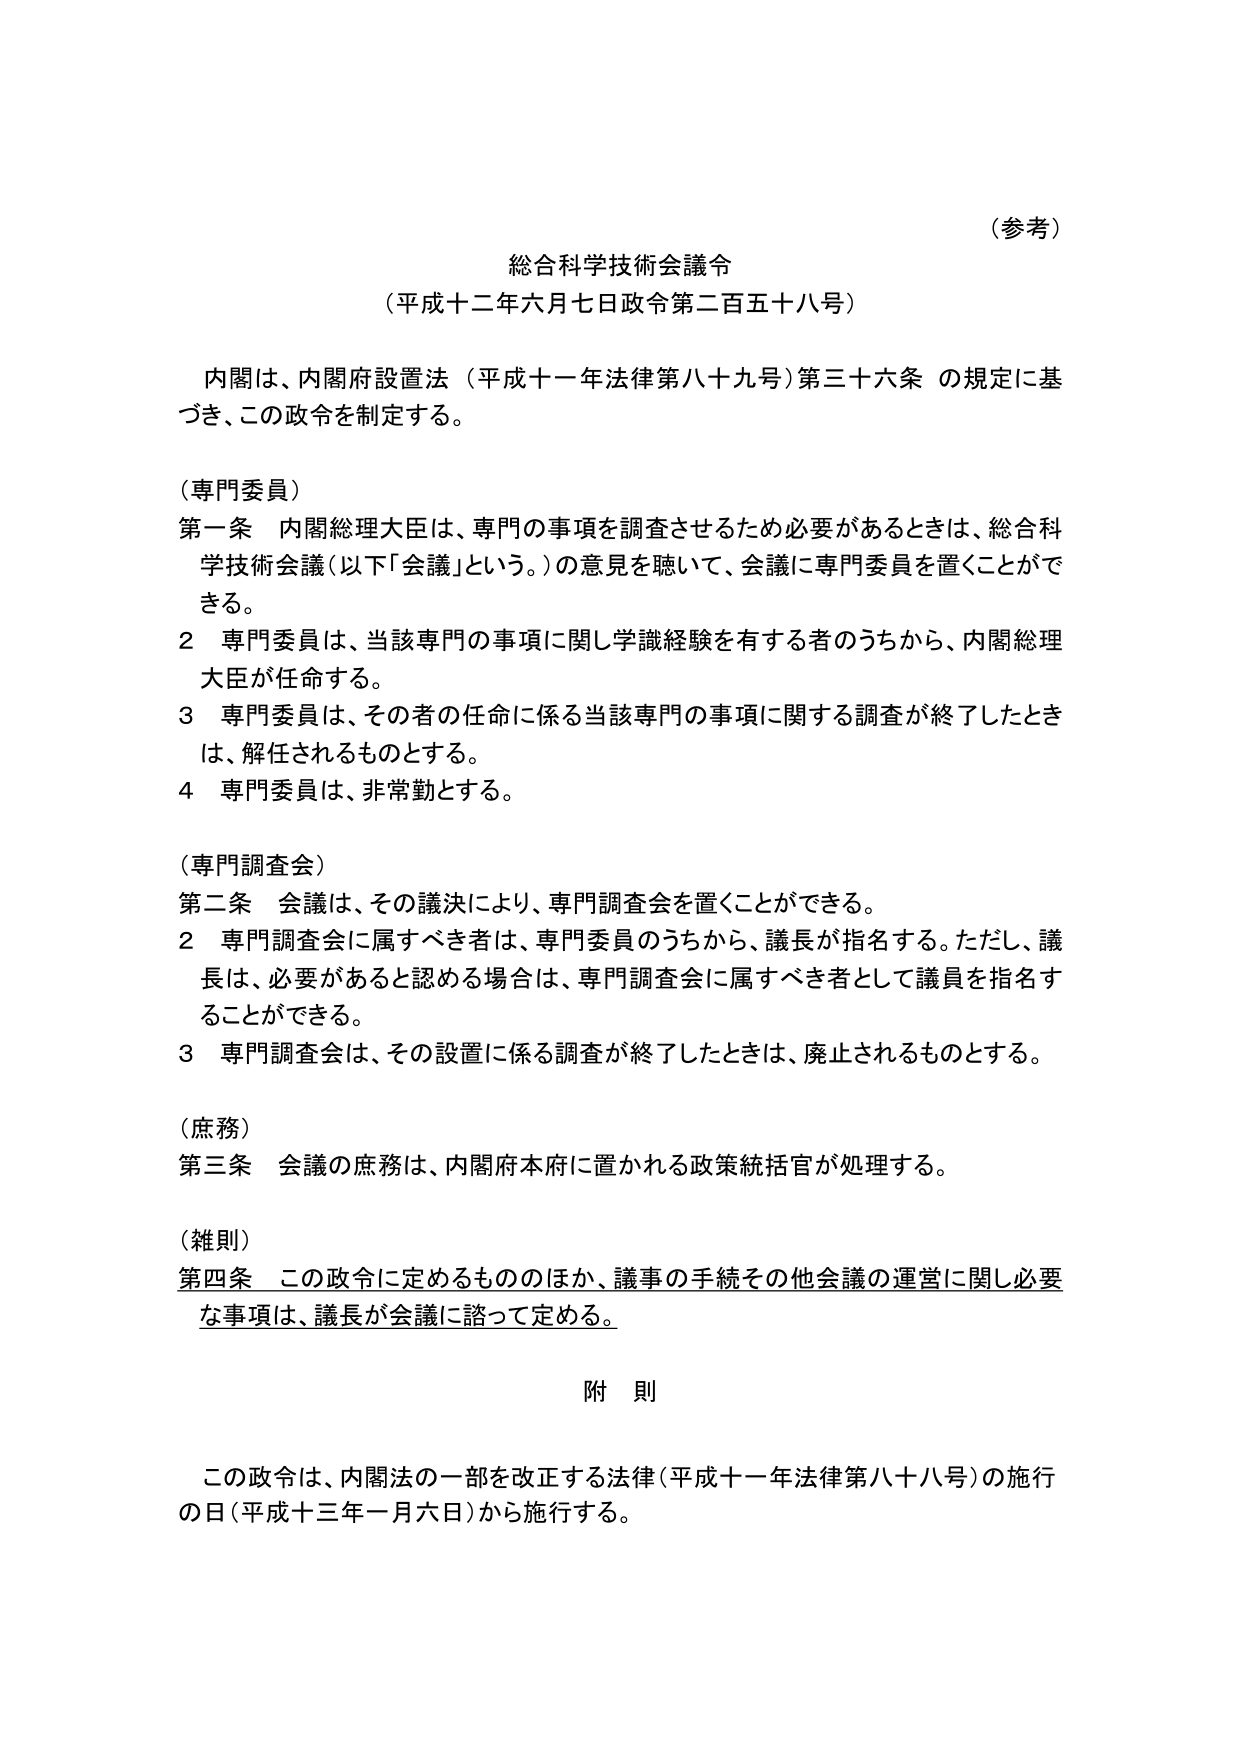
（参考）

総合科学技術会議令
（平成十二年六月七日政令第二百五十八号）

内閣は、内閣府設置法（平成十一年法律第八十九号）第三十六条 の規定に基づき、この政令を制定する。

（専門委員）
第一条 内閣総理大臣は、専門の事項を調査させるため必要があるときは、総合科学技術会議（以下「会議」という。）の意見を聴いて、会議に専門委員を置くことができる。
２ 専門委員は、当該専門の事項に関し学識経験を有する者のうちから、内閣総理大臣が任命する。
３ 専門委員は、その者の任命に係る当該専門の事項に関する調査が終了したときは、解任されるものとする。
４ 専門委員は、非常勤とする。

（専門調査会）
第二条 会議は、その議決により、専門調査会を置くことができる。
２ 専門調査会に属すべき者は、専門委員のうちから、議長が指名する。ただし、議長は、必要があると認める場合は、専門調査会に属すべき者として議員を指名することができる。
３ 専門調査会は、その設置に係る調査が終了したときは、廃止されるものとする。

（庶務）
第三条 会議の庶務は、内閣府本府に置かれる政策統括官が処理する。

（雑則）
第四条 この政令に定めるもののほか、議事の手続その他会議の運営に関し必要な事項は、議長が会議に諮って定める。

附 則

この政令は、内閣法の一部を改正する法律（平成十一年法律第八十八号）の施行の日（平成十三年一月六日）から施行する。